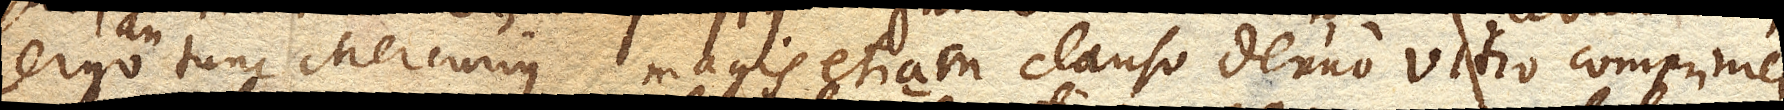
ergo an tunc Mercurius magis etiam clauso denuo vitro comprimetur,